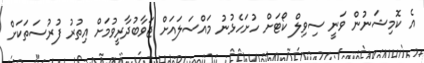
އެ ކޮމިޝަނުން ވަނީ ސިވިލް ކޯޓަށް ހުށަހެޅުނު މައްސަލައަށް ޖަވާބުދާރީވުމަށް އިތުރު ފުރުސަތަކަށް